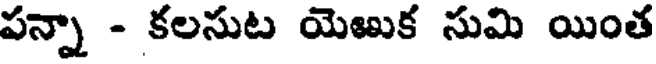
పన్నా - కలసుట యెఱుక సుమి యింత